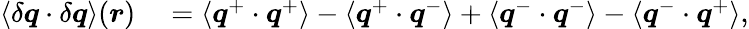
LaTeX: \begin{array}{rl}{\langle\delta\boldsymbol{q}\cdot\delta\boldsymbol{q}\rangle(\boldsymbol{r})}&{{}=\langle\boldsymbol{q}^{+}\cdot\boldsymbol{q}^{+}\rangle-\langle\boldsymbol{q}^{+}\cdot\boldsymbol{q}^{-}\rangle+\langle\boldsymbol{q}^{-}\cdot\boldsymbol{q}^{-}\rangle-\langle\boldsymbol{q}^{-}\cdot\boldsymbol{q}^{+}\rangle,}\end{array}